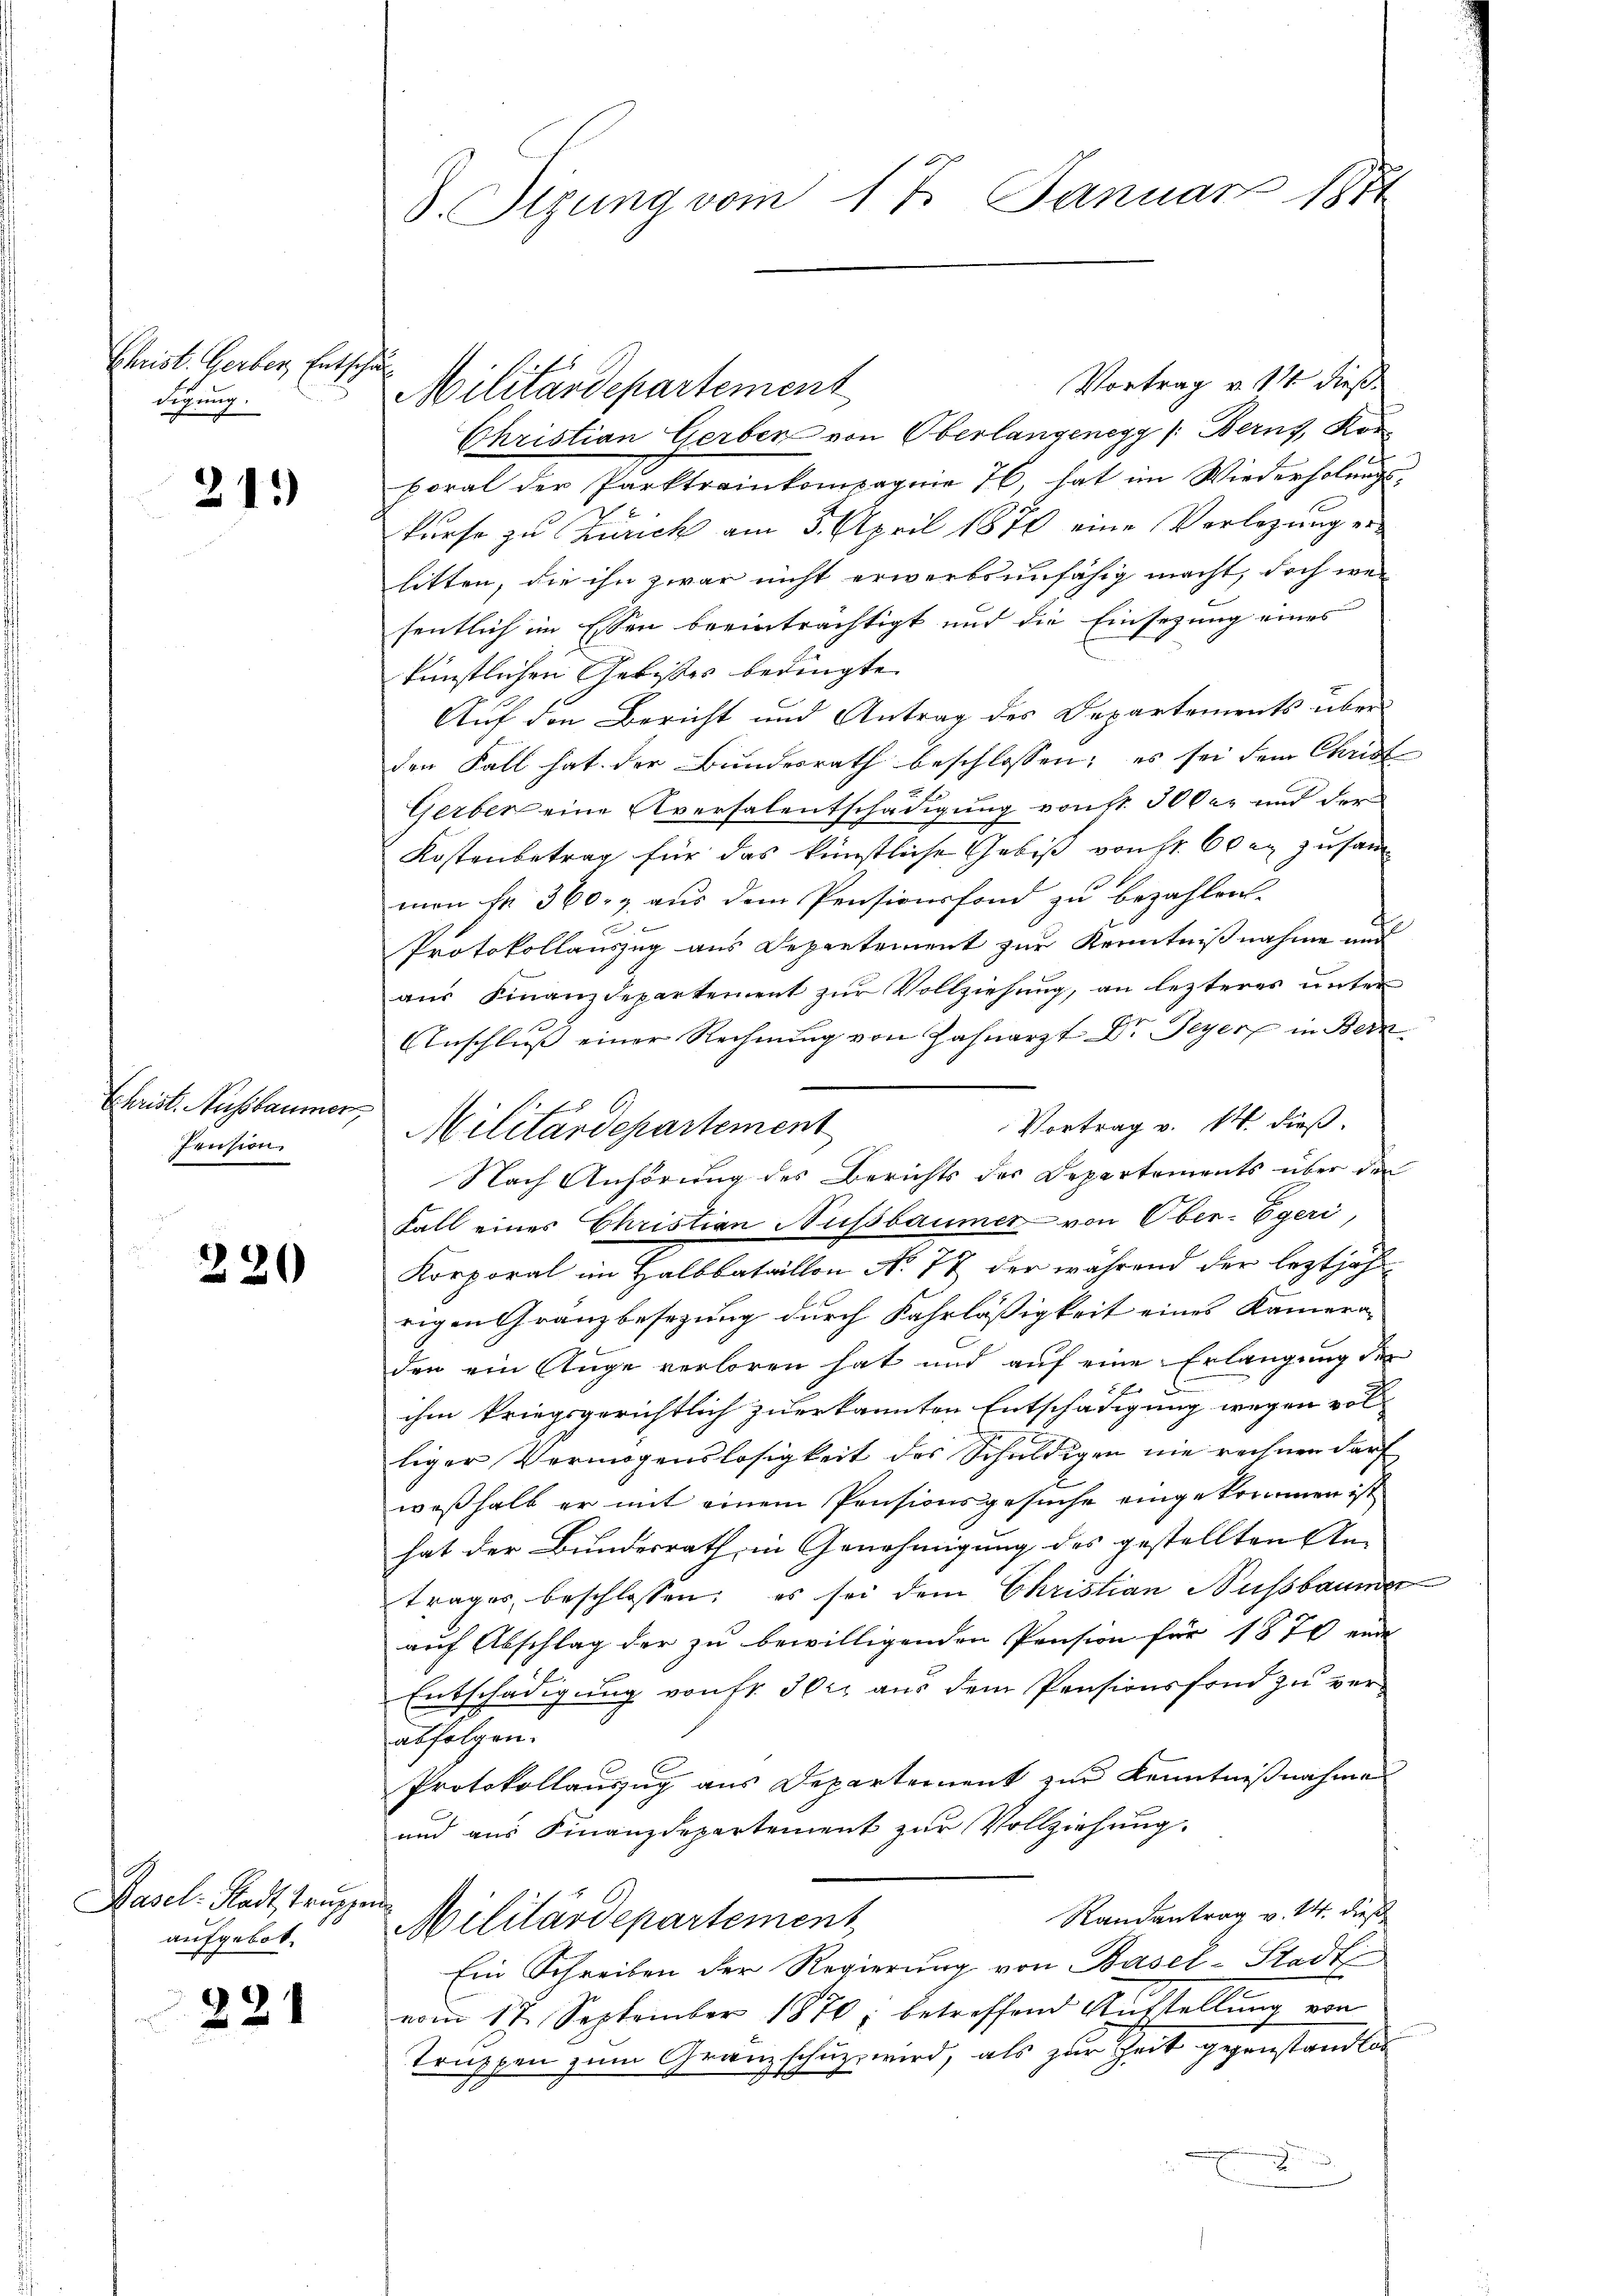
Christ. Gerber Entschul
digung.

215

Christ. Ausbaumer,
Pension.

220

Hasel-Stadt truppen
aufgebot.

221

Vortrag v. 11 dieß¬
Christian Gerben von Oberlangenegg /: Berns, Korporal der Parktrainkompagnie 76 hat im Wiederholŭngs-
kurse zu Zürich am 3. April 1870 eine Verlegung er-
litten, die ihn zwar nicht erwerbsunfähig macht, doch wesentlich im Essen beeinträchtigt und die Einsezung eines
künstlichen Gebisses bedingte
Auf den Bericht und Antrag des Departements über
den Fall hat der Bundesrath beschlossen; es sei dem Christ
Gerber eine Aversalentschädigung von 50 0er und der
Kostenbetrag für das künstliche Gebiß von Hr. Oder zusam
men fr. 360. & aus dem Pensionsfond zu bezahlen.
s
Protokollauszug aus Departement zur Kenntnißnahme und
aus Finanzdepartement zur Vollziehung, an lezteres unter
Anschluß einer Rechnŭng von Zahnarzt Dr Feyer in Bern
Vortrag v. 14. dieß.
Nach Anhörung des Berichts des Departements über den
Fall einer Christian Nussbaumer von Ober-Egeri,
Korporal im Halbbataillon No. 77 der während der leztjähr
rigen Granzbesezung durch Fahrläßigkeit eines Kamera-
den ein Auge verloren hat und auf eine Erlangung der
ihm kriegsgerichtlich zuerkannten Entschädigung wegen vol
liger Vermögenslosigkeit des Schuldigen nie rechnen darf
weßhalb er mit einem Pensionsgesuche eingekommen ist
hat der Bundesrath, in Genehmigung des gestellten An-
trages beschlossen: es sei dem Christian Nussbaumer
auf Abschlag der zu bewilligenden Pension für 1870 ende
Entschädigung von fr. 302 aus dem Pensionsfond zu ver-
abfolgen.
Protokollauszug aus Departement zur Kenntnißnahme
und aus Finanzdepartement zur Vollziehung.
Randantrag v. 24. dieß
Militärdepartement
Ein Schreiben der Regierung von Basel-Stadt
vom 17. September 1870; betreffend Aŭsstellŭng von
Truppen zum Granzschuz wird, als zur Zeit gegenständlic
.

8. Sizung vom 17. Januar 1871

Militärdepartement

f
Militärdepartement